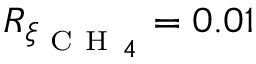
R _ { \xi _ { { \mathrm { ~ C ~ H ~ } _ { 4 } } } } = 0 . 0 1